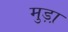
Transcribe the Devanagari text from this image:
मुड़ा़